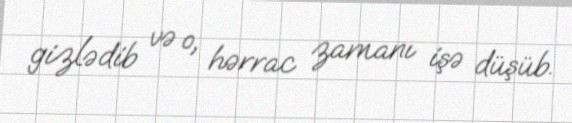
gizlədib və o, hərrac zamanı işə düşüb.